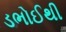
ડભોઈથી